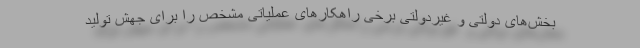
بخش‌های دولتی و غیردولتی برخی راهکارهای عملیاتی مشخص را برای جهش تولید